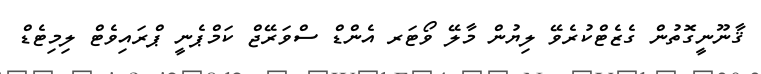
ޤާނޫނީގޮތުން ގެޒެޓްކުރެވޭ ލިޔުން މާލޭ ވޯޓަރ އެންޑް ސްވަރޭޖް ކަމްޕެނީ ޕްރައިވެޓް ލިމިޓެޑް